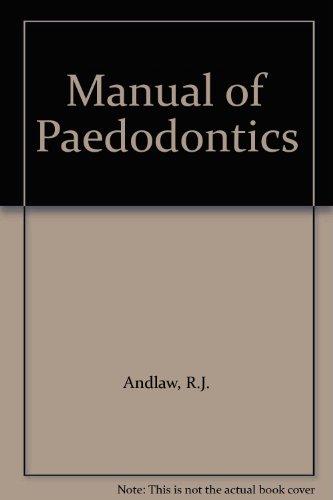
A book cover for Manual of Paedodontics; R.J. Andlaw; Medical Books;